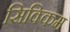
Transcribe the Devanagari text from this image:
सिक्किम